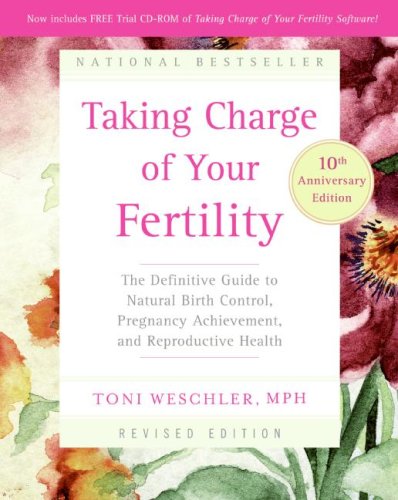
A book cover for Taking Charge of Your Fertility, 10th Anniversary Edition: The Definitive Guide to Natural Birth Control, Pregnancy Achievement, and Reproductive Health; Toni Weschler; Parenting & Relationships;